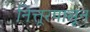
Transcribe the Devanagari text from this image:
नित्तूरपासून